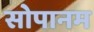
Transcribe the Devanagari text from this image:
सोपानम